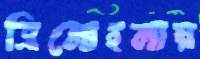
ত্রিমোহনায়